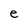
Character: e